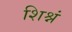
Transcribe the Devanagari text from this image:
शिश्नं